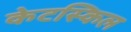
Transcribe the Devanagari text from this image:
केटस्किल